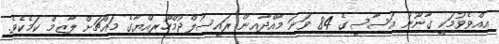
އިއްވެވުމަކީ ގާނޫނު އަސާސީގެ 84 ވަނަ މާއްދާއިން ރައީސުލްޖުމްހޫރިއްޔާގެ މައްޗަށް ލާޒިމް ކަމެކެވެ.